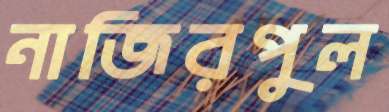
নাজিরপুল